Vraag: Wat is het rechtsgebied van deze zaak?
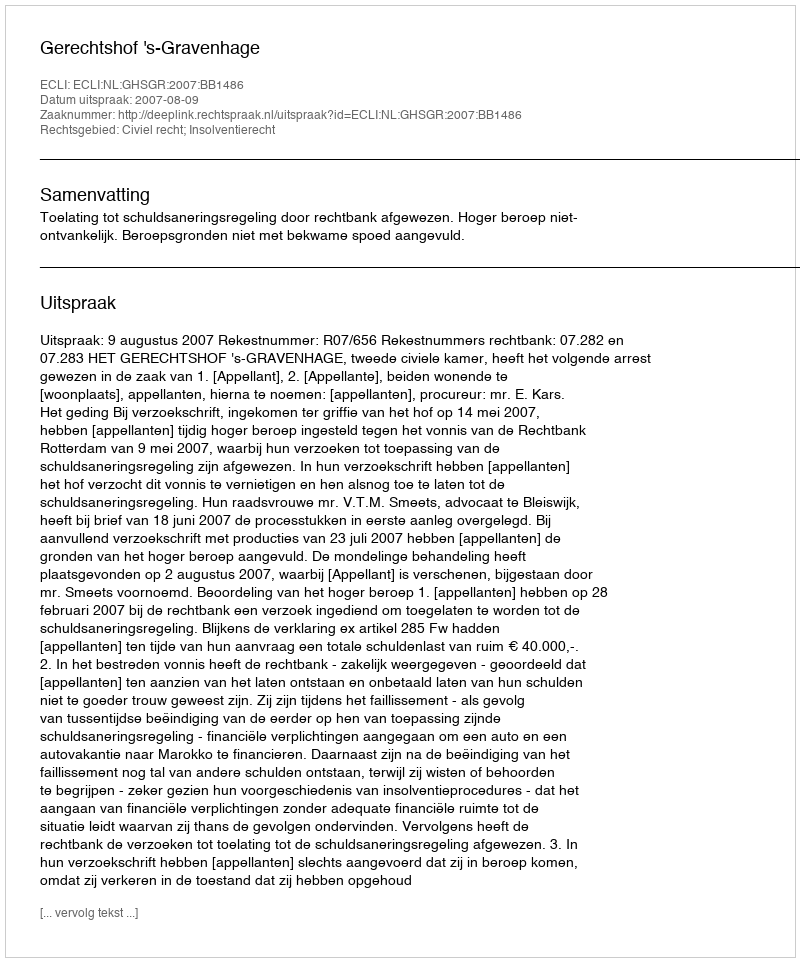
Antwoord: Civiel recht; Insolventierecht